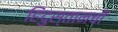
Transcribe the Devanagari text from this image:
हिंदुस्तानची